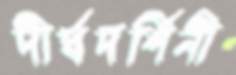
দীর্ঘদর্শিনী